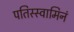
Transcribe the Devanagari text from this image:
पतिस्स्वामिनं